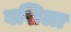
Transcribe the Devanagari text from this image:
वशिला